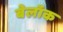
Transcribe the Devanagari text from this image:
बेलॉक